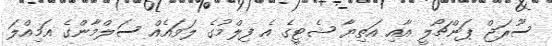
ސޫރަޖް ޕަންޗޯލީ އާއި އަތިޔާ ޝެޓީގެ އެ ފިލްމުގެ ލަވައެއް ސަލްމާންގެ އަމިއްލަ